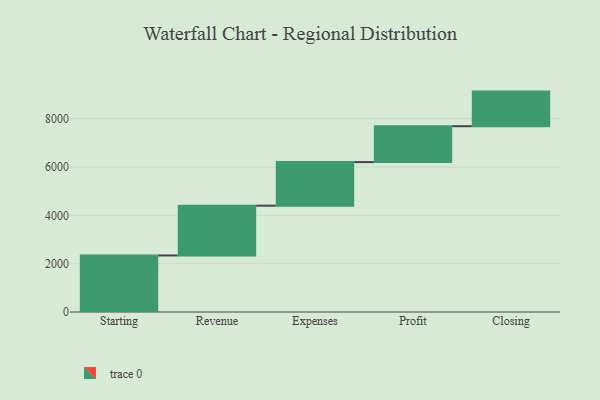
{"axis": {"x": "Step", "y": "Value"}, "legend": [""], "data": [{"x": "Starting", "y": 2340.0, "type": ""}, {"x": "Revenue", "y": 2061.0, "type": ""}, {"x": "Expenses", "y": 1804.0, "type": ""}, {"x": "Profit", "y": 1485.0, "type": ""}, {"x": "Closing", "y": 1432.0, "type": ""}]}